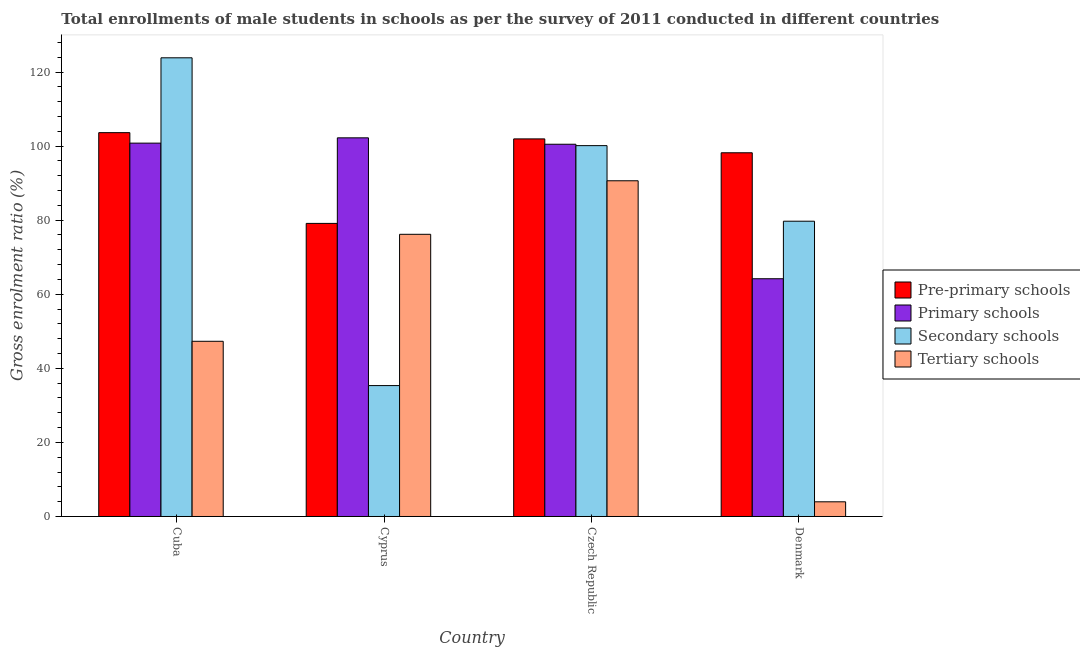
| Country | Pre-primary schools | Primary schools | Secondary schools | Tertiary schools |
 | --- | --- | --- | --- | --- |
 | Cuba | 104 | 101 | 124 | 47.3 |
 | Cyprus | 79.1 | 102 | 35.3 | 76.2 |
 | Czech Republic | 102 | 100 | 100 | 90.6 |
 | Denmark | 98.2 | 64.2 | 79.7 | 3.96 |